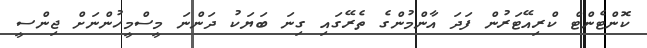
ކޮންޓެންޓް ކްރިއޭޓަރުން ފަދަ އާންމުންގެ ތެރޭގައި ގިނަ ބަޔަކު ދަންނަ މީސްމީހުންނަށް ޖިންސީ